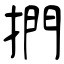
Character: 捫